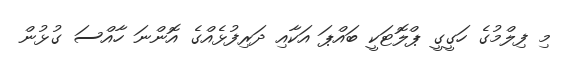
މި ފިލްމުގެ ހަގީގީ ޕްލޮޓަކީ ބައްޕަ އަކާއި ދަރިފުޅެއްގެ އޮންނަ ހާއްސަ ގުޅުން